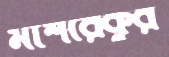
মাশরেকুর